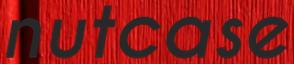
nutcase